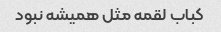
کباب لقمه مثل همیشه نبود